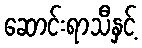
ဆောင်းရာသီနှင့်